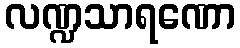
လဏ္ဍသာရဏော